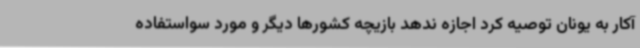
آکار به یونان توصیه کرد اجازه ندهد بازیچه کشورها دیگر و مورد سواستفاده